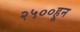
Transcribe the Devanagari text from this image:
२५००हून